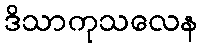
ဒိသာကုသလေန